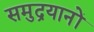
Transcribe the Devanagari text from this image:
समुद्रयानों